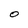
Character: O